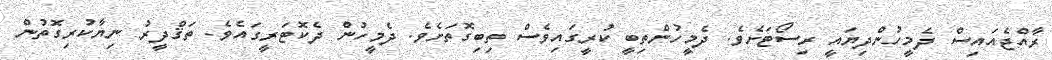
ރާއްޖެއައިސް ދެމީހުންދިޔައީ ރިސޯޓަށެވެ. ދެމީހުންތިބީ ކުރީގައިވެސް ތިބިގޮތަށެވެ. ދެމީހުން ދެކޮޓަރީގައެވެ. ތަޤްދީރު ނިޔާކުރިގޮތުން